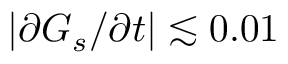
\vert \partial G _ { s } / \partial t \vert \lesssim 0 . 0 1